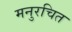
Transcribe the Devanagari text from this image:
मनुरचित